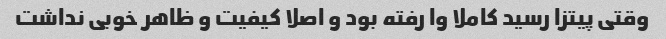
وقتی پیتزا رسید کاملا وا رفته بود و اصلا کیفیت و ظاهر خوبی نداشت